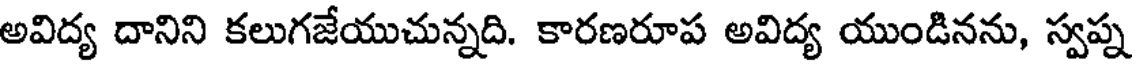
అవిద్య దానిని కలుగజేయుచున్నది. కారణరూప అవిద్య యుండినను, స్వప్న